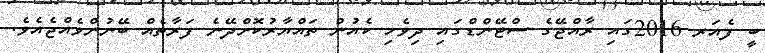
ބީ ފެއަރ 2016ގައި ރާއްޖޭގެ ސްޓޭންޑްގައި ދިވެހި ކެއުން ތައްޔާރުކޮށްދޭނެ ފަރާތެއް ބޭނުންވެއްޖެއެވެ.